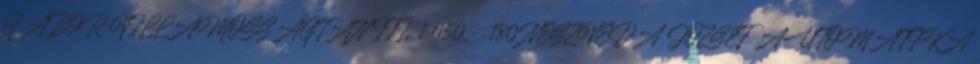
GÁBOR VILLAMOSSÁGTAN III. 1 050,- 180 NESZVEDA JÓZSEF AUTOMATIKA